Note on the mental hospitals in Burma - 1925-1940
Year: 1925
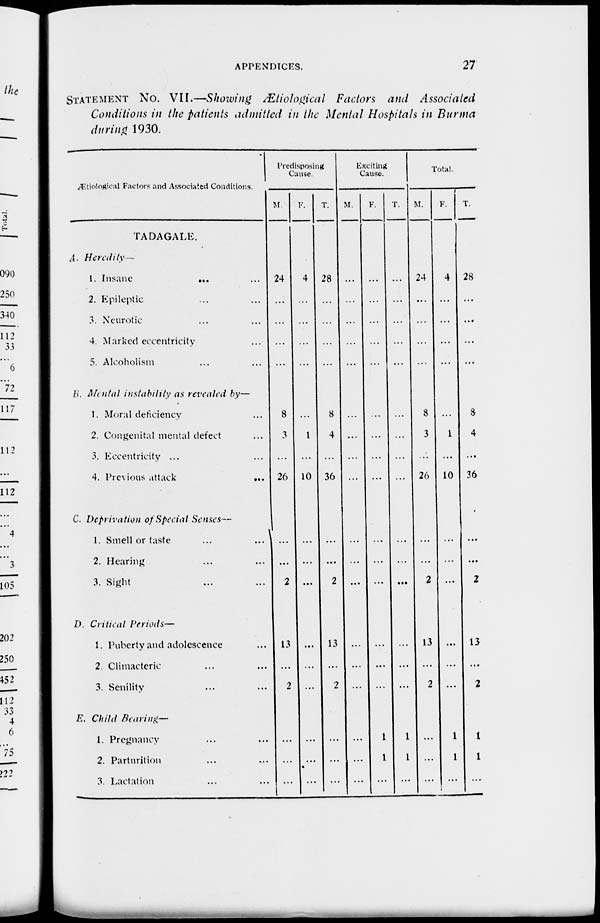
APPENDICES.
27
STATEMENT No. VII.—Showing Ætiological Factors and Associated
Conditions in the patients admitted in the Mental Hospitals in Burma
during 1930.
Ætiological Factors and Associated Conditions.
TADAGALE.
A. Heredity —
1. Insane
...
...
2. Epileptic ... ...
3. Neurotic ... ...
4. Marked eccentricity ...
5. Alcoholism ... ...
B. Mental instability as revealed by—
1. Moral deficiency ...
2. Congenital mental defect ...
3. Eccentricity ... ...
4. Previous attack
...
C. Deprivation of Special Senses—
1. Smell or taste ... ...
2. Hearing ... ...
3. Sight ... ...
D. Critical Periods—
1. Puberty and adolescence ...
2. Climacteric ... ...
3. Senility ... ...
E. Child Bearing—
1. Pregnancy ... ...
2. Parturition ... ...
3. Lactation ... ...
Predisposing
Cause.
M.
24
...
...
...
...
8
3
...
26
...
...
2
13
...
2
...
...
...
F.
4
...
...
...
...
...
1
...
10
...
...
...
...
...
...
...
...
...
T.
28
...
...
...
...
8
4
...
36
...
...
2
13
...
2
...
...
...
Exciting
Cause.
M.
...
...
...
...
...
...
...
...
...
...
...
...
...
...
...
...
...
...
F.
...
...
...
...
...
...
...
...
...
...
...
...
...
...
...
1
1
...
T.
...
...
...
...
...
...
...
...
...
...
...
...
...
...
...
1
1
...
Total.
M.
24
...
...
...
...
8
3
...
26
...
...
2
13
...
2
...
...
...
F.
4
...
...
...
...
...
1
...
10
...
...
...
...
...
...
1
1
...
T.
28
...
...
...
...
8
4
...
36
...
...
2
13
...
2
1
1
...